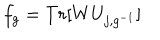
f _ { g } = T r [ W U _ { j , g ^ { - 1 } } ]